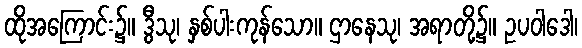
ထိုအကြောင်း၌။ ဒွီသု၊ နှစ်ပါးကုန်သော။ ဌာနေသု၊ အရာတို့၌။ ဥပဝါဒေါ၊